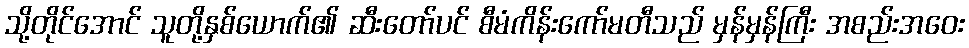
သို့တိုင်အောင် သူတို့နှစ်ယောက်၏ ဆီးတော်ပင် စီမံကိန်းကော်မတီသည် မှန်မှန်ကြီး အစည်းအဝေး